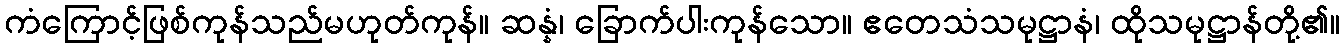
ကံကြောင့်ဖြစ်ကုန်သည်မဟုတ်ကုန်။ ဆန္နံ၊ ခြောက်ပါးကုန်သော။ ဧတေသံသမုဋ္ဌာနံ၊ ထိုသမုဋ္ဌာန်တို့၏။